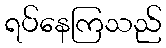
ရပ်နေကြသည်